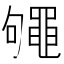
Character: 䵶